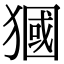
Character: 𤡓